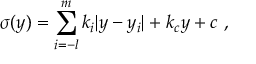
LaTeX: \sigma ( y ) = \sum _ { i = - l } ^ { m } k _ { i } | y - y _ { i } | + k _ { c } y + c ~ , ~ \,